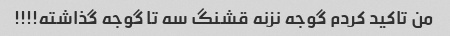
من تاکید کردم گوجه نزنه قشنگ سه تا گوجه گذاشته!!!!